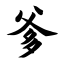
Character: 爹